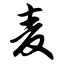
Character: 麦